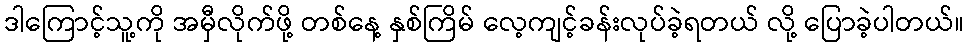
ဒါကြောင့်သူ့ကို အမှီလိုက်ဖို့ တစ်နေ့ နှစ်ကြိမ် လေ့ကျင့်ခန်းလုပ်ခဲ့ရတယ် လို့ ပြောခဲ့ပါတယ်။